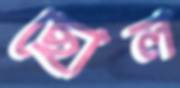
ছোল